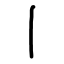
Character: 丨